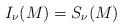
LaTeX: \begin{align*} I_\nu(M)=S_\nu(M) \end{align*}